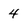
Character: 4